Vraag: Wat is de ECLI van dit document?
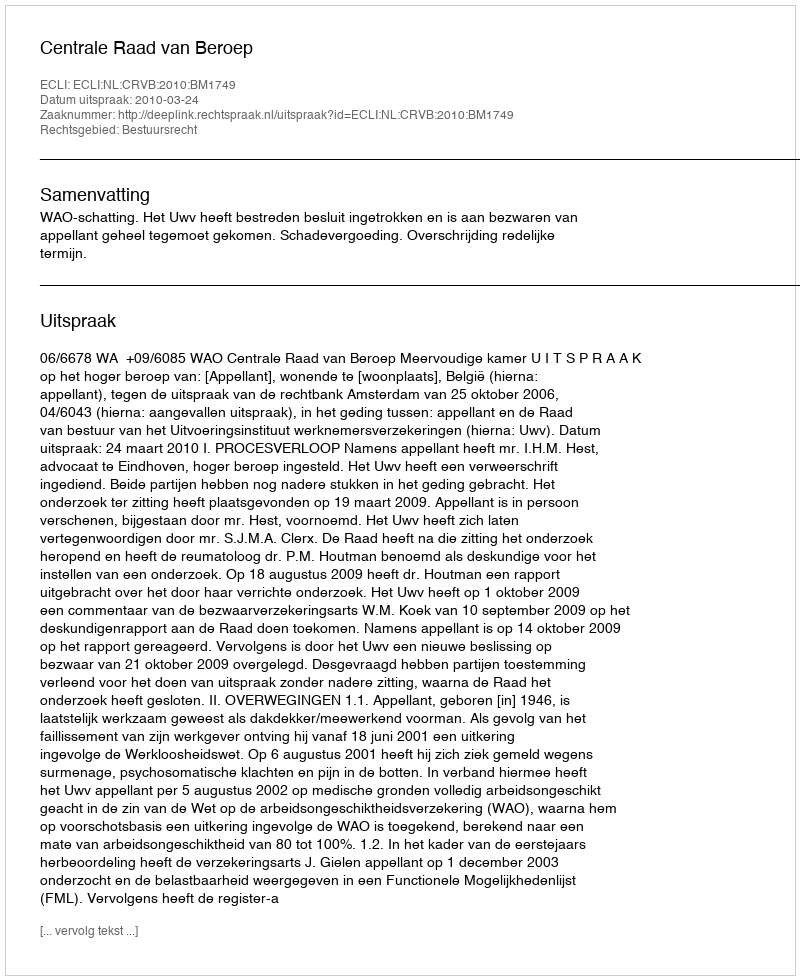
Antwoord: ECLI:NL:CRVB:2010:BM1749